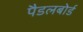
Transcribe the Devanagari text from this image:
पैडलबोर्ड